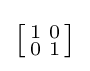
{\bigl [}{\begin{smallmatrix}1&0\\0&1\end{smallmatrix}}{\bigr ]}